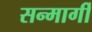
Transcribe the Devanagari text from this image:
सन्मार्गी